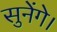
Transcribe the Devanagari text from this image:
सुनेंगे।